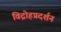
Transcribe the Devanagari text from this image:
विद्रोहप्रदर्शन